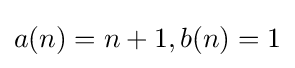
{\textstyle a(n)=n+1,b(n)=1}